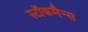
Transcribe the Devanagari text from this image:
स्टॉकमैन्स